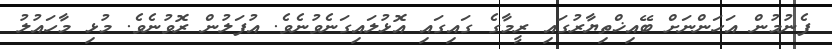
ފެނުމުން އަހަންނަށް ބޭއިޚްތިޔާރުގައި ރީމާގެ ގައިގައި އޮޅުލައިގަނެވުނެވެ. އުފަލުން ރޮވުނެވެ. މުޅި މާހައުލު